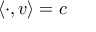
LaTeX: \langle \cdot , v \rangle = c